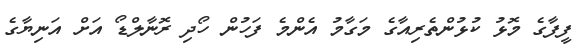
ފީފާގެ މޮޅު ކުޅުންތެރިއާގެ މަގާމު އެންމެ ފަހުން ހޯދި ރޮނާލްޑޯ އަށް އަނިޔާގެ